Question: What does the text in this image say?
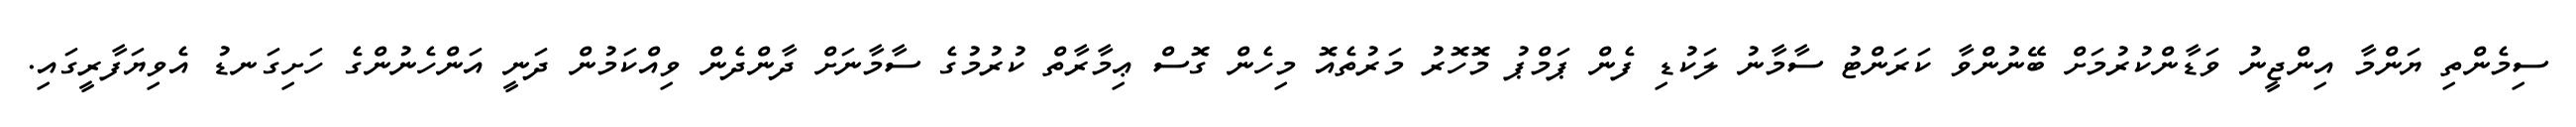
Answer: ސިމެންތި ޔަންމާ އިންޖީނު ވަޑާންކުރުމަށް ބޭނުންވާ ކަރަންޓު ސާމާނު ލަކުޑި ފެން ޕަމްޕު މޮހޮރު މަރުތެއޮ މިހެން ގޮސް ޢިމާރާތް ކުރުމުގެ ސާމާނަށް ދާންދެން ވިއްކަމުން ދަނީ އަންހެނުންގެ ހަށިގަނޑު އެވިޔަފާރީގައި.